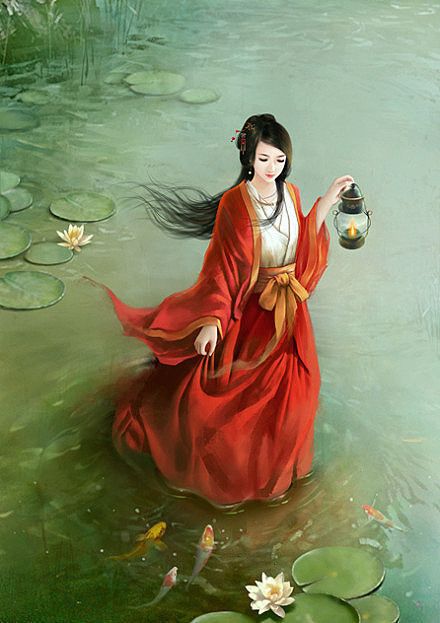
梦回芳草思依依，天远雁声稀。